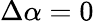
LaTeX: \Delta\alpha=0